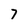
Character: 7